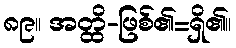
၈၉။ အတ္ထိ-ဖြစ်၏=ရှိ၏။